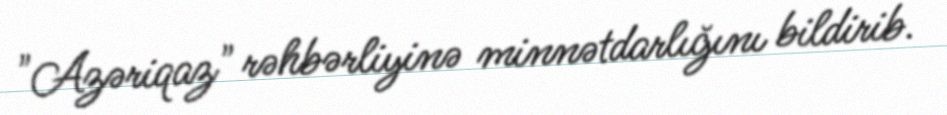
"Azəriqaz" rəhbərliyinə minnətdarlığını bildirib.